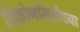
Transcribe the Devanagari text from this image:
त्रिकोणमितीच्या